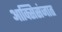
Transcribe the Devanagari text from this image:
आक्सिसंजात